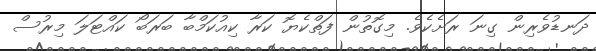
ދަނޑުވެރިން ގިނަ ރަށެކެވެ. މިގޮތުން ފަތްކެޔޮ ކަރާ ކިއުކަމްބާ ބަރަބޯ ކައްޓަލަ މިރުސް